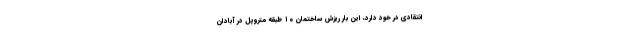
انتقادی در خود دارد، این بار ریزش ساختمان ۱۰ طبقه متروپل در آبادان